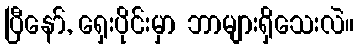
ပြီနော်, ရှေးပိုင်းမှာ ဘာများရှိသေးလဲ။